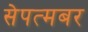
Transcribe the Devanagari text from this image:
सेपत्मबर